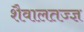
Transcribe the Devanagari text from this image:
शैवालतज्ज्ञ